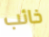
خائب